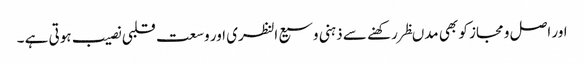
اور اصل و مجاز کو بھی مدںظر رکھنے سے ذہنی وسیع النظری اور وسعت قلبی نصیب ہوتی ہے ۔